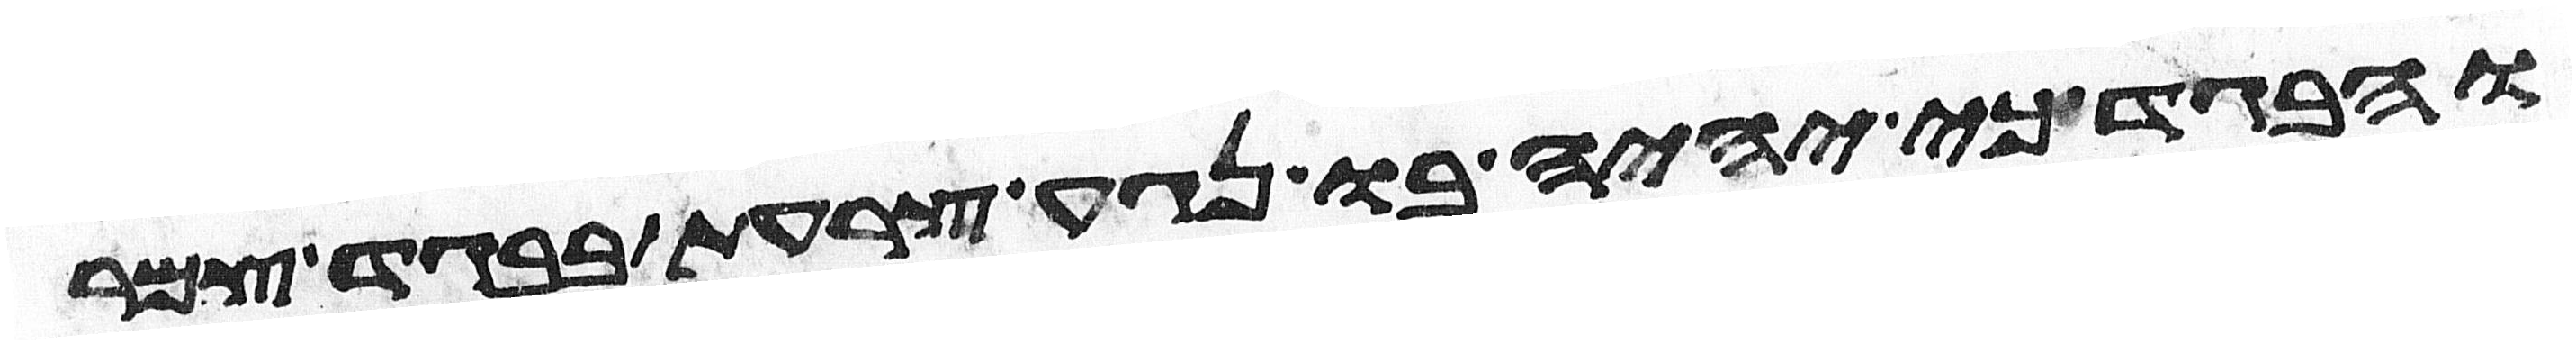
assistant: והבגד כי יהיה בו נגע צרעת בבגד צמר